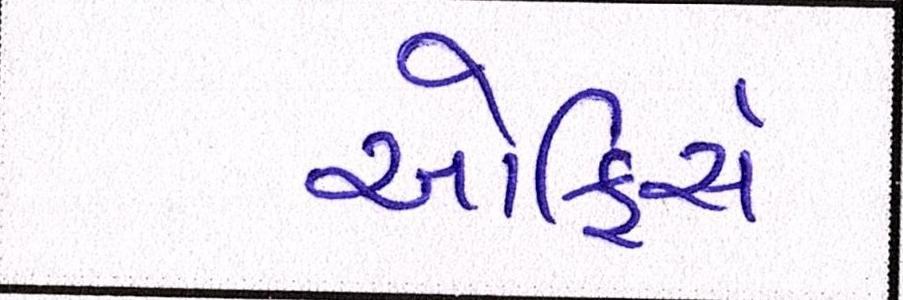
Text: ઓફિસે